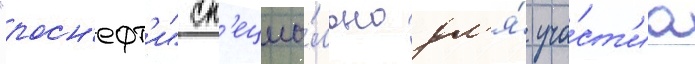
"росн'ефт'и" сп'ециа́льно дл'я́ уча́ст'иа